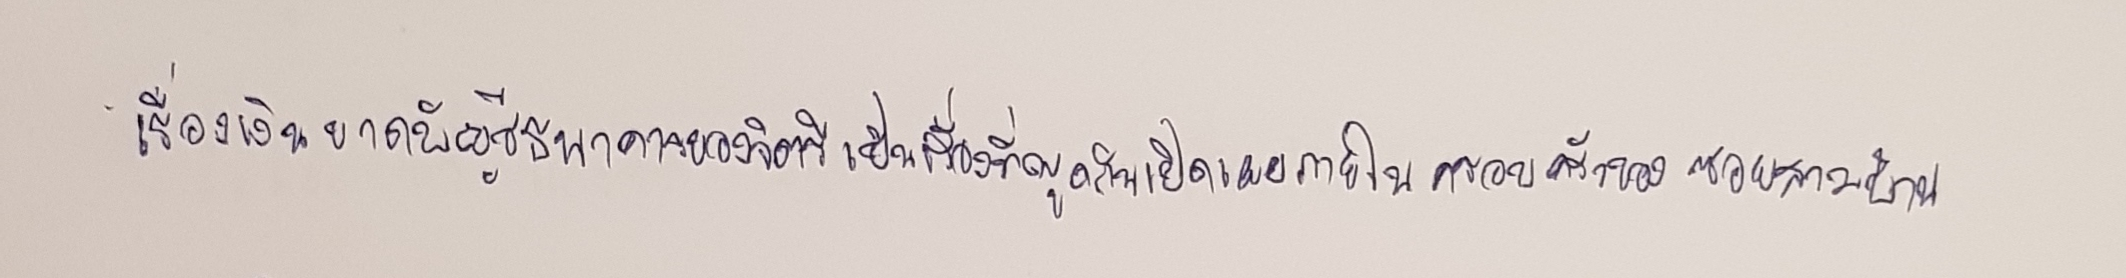
เรื่องเงินขาดบัญชีธนาคารของจิตรีเป็นเรื่องที่พูดกันเปิดเผยภายในครอบครัวของซอยสามบ้าน